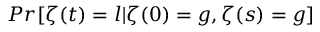
P r [ \zeta ( t ) = l | \zeta ( 0 ) = g , \zeta ( s ) = g ]